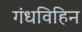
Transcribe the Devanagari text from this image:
गंधविहिन